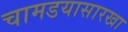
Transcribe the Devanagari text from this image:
चामडयासारखा